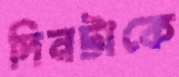
দিনটাকে